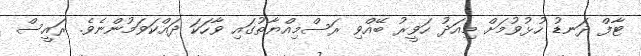
ޓާފް ދަނޑު ހުޅުވުމަށް މިއަދު ހަވީރު ބޭއްވި ރަސްމިއްޔާތުގައި ވާހަކަ ދައްކަވަމުންނެެވެ. ރައީސް